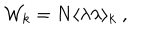
LaTeX: { \cal W } _ { k } = N \langle \lambda \lambda \rangle _ { k } ~ ,